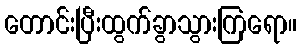
တောင်းပြီးထွက်ခွာသွားကြရော။